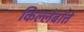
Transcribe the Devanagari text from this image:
किल्लेबोत्ते